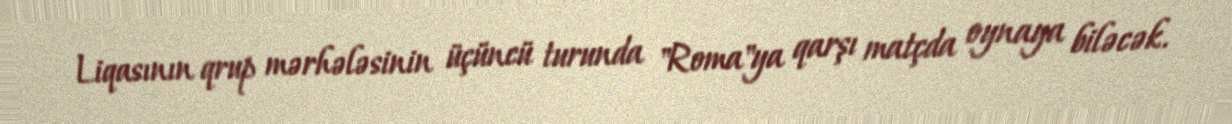
Liqasının qrup mərhələsinin üçüncü turunda "Roma"ya qarşı matçda oynaya biləcək.